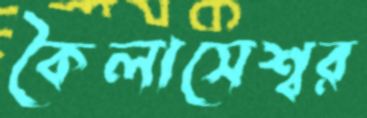
কৈলাসেশ্বর